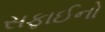
સફાઈનો